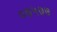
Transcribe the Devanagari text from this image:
०७५७७